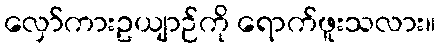
လှော်ကားဥယျာဉ်ကို ရောက်ဖူးသလား။